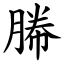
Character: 幐